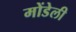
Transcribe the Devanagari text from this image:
मोंडेली